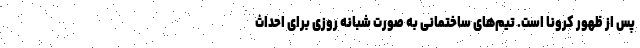
پس از ظهور کرونا است. تیم‌های ساختمانی به صورت شبانه روزی برای احداث